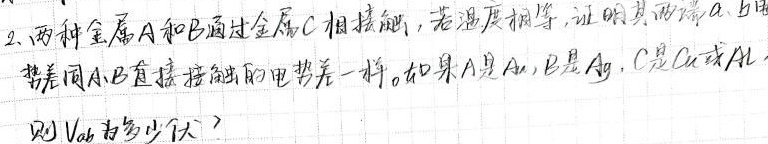
2. 两种金属\(A\)和\(B\)通过金属\(C\)相接触，若温度相等，证明其两端\(a\)、\(b\)的电势差同\(A\)、\(B\)直接接触的电势差一样。如果\(A\)是\(Al\)，\(B\)是\(Ag\)，\(C\)是\(Cu\)或\(Al\)，则\(V_{ab}\)为多少伏？